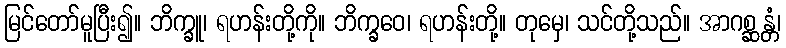
မြင်တော်မူပြီး၍။ ဘိက္ခူ၊ ရဟန်းတို့ကို။ ဘိက္ခဝေ၊ ရဟန်းတို့။ တုမှေ၊ သင်တို့သည်။ အာဂစ္ဆန္တံ၊